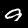
Label: 9